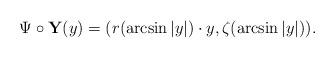
LaTeX: \begin{align*}\Psi\circ\mathbf{Y}(y)=(r(\arcsin|y|)\cdot y,\zeta(\arcsin|y|)).\end{align*}